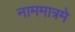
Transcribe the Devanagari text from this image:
नाममात्रमे